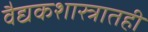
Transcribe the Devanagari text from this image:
वैद्यकशास्त्रातही